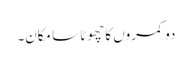
دو کمروں کا چھوٹا سا مکان۔